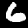
Digit: 6